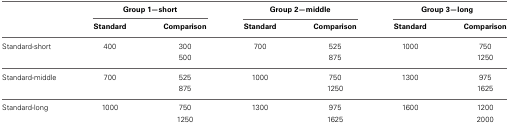
<table><thead><tr><td></td><td colspan="2"><b>Group 1—short</b></td><td colspan="2"><b>Group 2—middle</b></td><td colspan="2"><b>Group 3—long</b></td></tr><tr><td></td><td><b>Standard</b></td><td><b>Comparison</b></td><td><b>Standard</b></td><td><b>Comparison</b></td><td><b>Standard</b></td><td><b>Comparison</b></td></tr></thead><tbody><tr><td>Standard-short</td><td>400</td><td>300</td><td>700</td><td>525</td><td>1000</td><td>750</td></tr><tr><td></td><td></td><td>500</td><td></td><td>875</td><td></td><td>1250</td></tr><tr><td>Standard-middle</td><td>700</td><td>525</td><td>1000</td><td>750</td><td>1300</td><td>975</td></tr><tr><td></td><td></td><td>875</td><td></td><td>1250</td><td></td><td>1625</td></tr><tr><td>Standard-long</td><td>1000</td><td>750</td><td>1300</td><td>975</td><td>1600</td><td>1200</td></tr><tr><td></td><td></td><td>1250</td><td></td><td>1625</td><td></td><td>2000</td></tr></tbody></table>